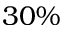
3 0 \%